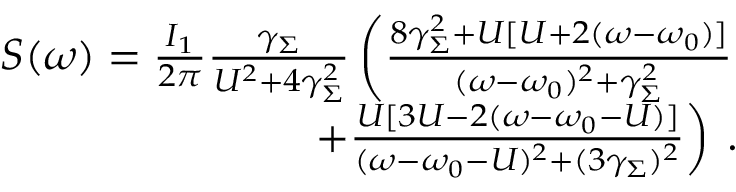
\begin{array} { r } { S ( \omega ) = \frac { I _ { 1 } } { 2 \pi } \frac { \gamma _ { \Sigma } } { U ^ { 2 } + 4 \gamma _ { \Sigma } ^ { 2 } } \left( \frac { 8 \gamma _ { \Sigma } ^ { 2 } + U [ U + 2 ( \omega - \omega _ { 0 } ) ] } { ( \omega - \omega _ { 0 } ) ^ { 2 } + \gamma _ { \Sigma } ^ { 2 } } \right. } \\ { \left. + \frac { U [ 3 U - 2 ( \omega - \omega _ { 0 } - U ) ] } { ( \omega - \omega _ { 0 } - U ) ^ { 2 } + ( 3 \gamma _ { \Sigma } ) ^ { 2 } } \right) \: . } \end{array}